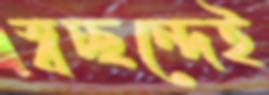
স্বচ্ছন্দেই